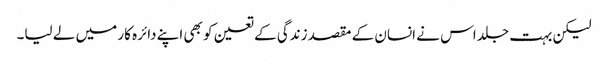
لیکن بہت جلد اس نے انسان کے مقصد زندگی کے تعین کو بھی اپنے دائرہ کار میں لے لیا۔